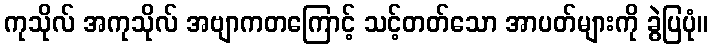
ကုသိုလ် အကုသိုလ် အဗျာကတကြောင့် သင့်တတ်သော အာပတ်များကို ခွဲပြပုံ။